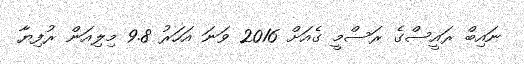
ނައިބް ރައީސްގެ ރަސްމީ ގެއަށް 2016 ވަނަ އަހަރު 9.8 މިލިއަން ރުފިޔާ